Annual report on the Civil Veterinary Department, Burma (including the Insein Veterinary School) - 1932-1941
Year: 1932
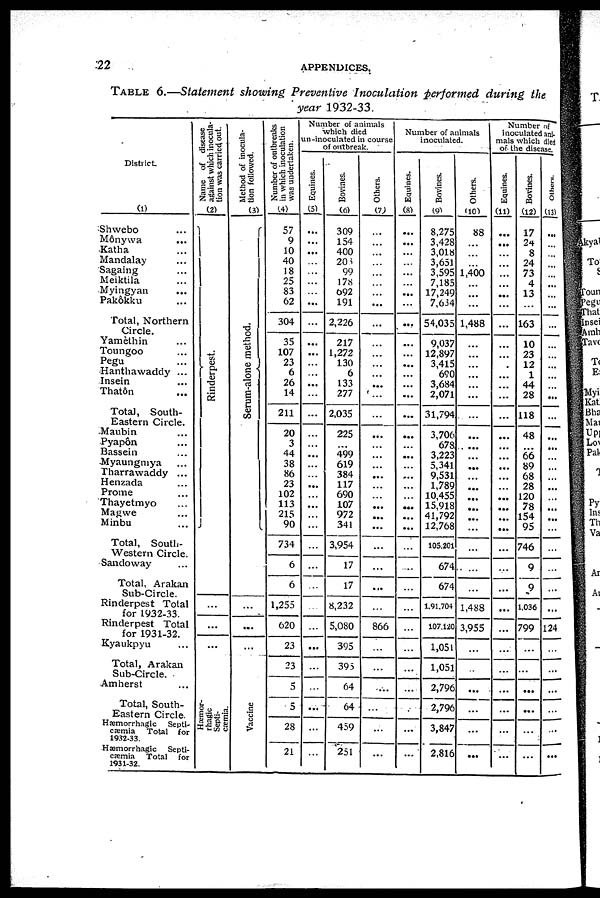
22
TABLE 6.—Statement showing Preventive Inoculation performed during the
year 1932-33.
District.
(1)
Shwebo ...
Mônywa ...
Katha ...
Mandalay ...
Sagaing ...
Meiktila ...
Myingyan ...
Pakôkku ...
Total, Northern
Circle.
Yamethin ...
Toungoo ...
Pegu ...
Hanthawaddy ...
Insein ...
Thatôn ...
Total, South-
Eastern Circle.
Maubin ...
Pyapôn ...
Bassein ...
Myaungmya ...
Tharrawaddy ...
Henzada ...
Prome ...
Thayetmyo ...
Magwe ...
Minbu ...
Total, South-
western Circle.
Sandoway ...
Total, Arakan
Sub-Circle.
Rinderpest Total
for 1932-33.
Rinderpest Total
for 1931-32.
Kyaukpyu
Total, Arakan
Sub-Circle.
Amherst
Total, South-
Eastern Circle.
Hæmorrhagic
Septi-
cæmia
Total
for
1932-33.
Hæmorrhagic
Septi-
cæmia
Total
for
1931-32.
Name of disease
against which inocula-
tion was carried out.
(2)
Rinderpest.
...
...
...
Hæmor-
rhagic
Septi-
cæmia.
Method of inocula-
tion followed.
(3)
Serum-alone method.
...
...
...
Vaccine
Number of outbreaks
in which inoculation
was undertaken.
(4)
57
9
10
40
18
25
83
62
304
35
107
23
6
26
14
211
20
3
44
38
86
23
102
113
215
90
734
6
6
1,255
620
23
23
5
5
28
21
Number of animals
which died
in-inoculated in course
of outbreak.
Equines.
(5)
...
...
...
...
...
...
...
...
...
...
...
...
...
...
...
...
...
...
...
...
...
...
...
...
...
...
...
...
...
...
...
...
...
...
...
...
Bovines.
(6)
309
154
400
206
99
178
692
191
2,226
217
1,272
130
6
133
277
2,035
225
...
499
619
384
117
690
107
972
341
3,954
17
17
8,232
5,080
395
393
64
64
459
251
Others.
(7)
...
...
...
...
...
...
...
...
...
...
...
...
...
...
...
...
...
...
...
...
...
...
...
...
...
...
...
...
...
...
866
...
...
...
...
...
...
Number of animals
inoculated.
Equines.
(8)
...
...
...
...
...
...
...
...
...
...
...
...
...
...
...
...
...
...
...
...
...
...
...
...
...
...
...
...
...
...
...
...
...
...
...
...
...
Bovines.
(9)
8,275
3,428
3,018
3,651
3,595
7,185
17,249
7,634
54,035
9,037
12,897
3,415
690
3,684
2,071
31,794
3,706
678
3,223
5,341
9,531
1,789
10,455
15,918
41,792
12,768
105,201
674
674
1,91,704
107,120
1,051
1,051
2,796
2,796
3,847
2,816
Others.
(10)
88
...
...
...
1,400
...
...
...
1,488
...
...
...
...
...
...
...
...
...
...
...
...
...
...
...
...
...
...
...
...
1,488
3,955
...
..
...
...
...
...
Number of
inoculated ani-
mals which died
of the disease.
Equines.
(11)
...
...
...
...
...
...
...
...
...
...
...
...
...
...
...
...
...
...
...
...
...
...
...
...
...
...
...
...
...
...
...
...
...
...
...
...
Bovines.
(12)
17
24
8
24
73
4
13
...
163
10
23
12
1
44
28
118
48
...
66
89
68
28
120
78
154
95
746
9
9
1,036
799
...
...
...
...
...
...
Others.
(13)
...
...
...
...
...
...
...
...
...
...
...
...
...
...
...
...
...
...
...
...
...
...
...
...
...
...
...
...
...
...
124
...
...
...
...
...
...